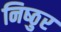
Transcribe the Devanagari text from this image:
निष्‍ठुर